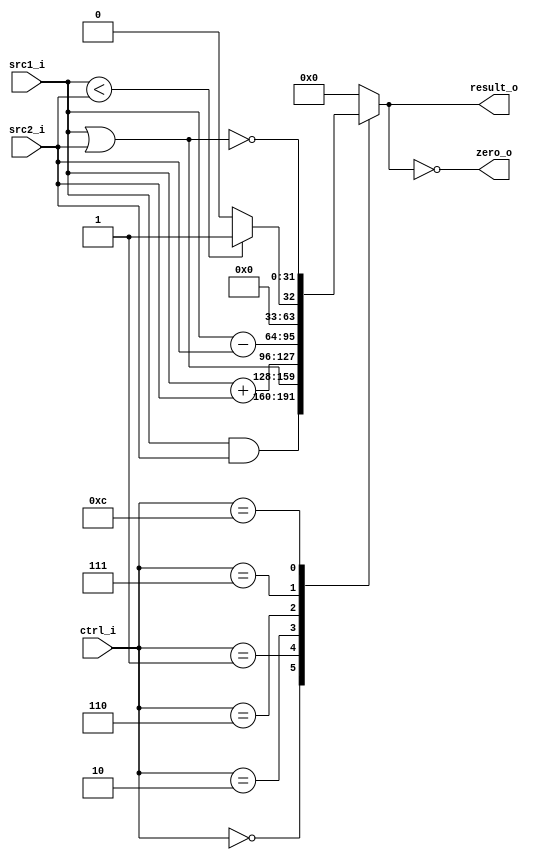
// 0716018
//Subject:     CO project 2 - ALU
//--------------------------------------------------------------------------------
//Version:     1
//--------------------------------------------------------------------------------
//Writer:      
//----------------------------------------------
//Date:        
//----------------------------------------------
//Description: 
//--------------------------------------------------------------------------------

module ALU(
    src1_i,
	src2_i,
	ctrl_i,
	result_o,
	zero_o
	);
     
//I/O ports
input  [32-1:0]  src1_i;
input  [32-1:0]	 src2_i;
input  [4-1:0]   ctrl_i;//from alu control 4 bit

output [32-1:0]	 result_o;
output           zero_o;

//Internal signal
reg    [32-1:0]  result_o;
wire             zero_o;

//Parameter

//Main function
assign zero_o = (result_o==32'b0);
always @(*) 
begin
	case(ctrl_i)
	0: result_o <= src1_i & src2_i;
	1: result_o <= src1_i | src2_i;
	2: result_o <= src1_i + src2_i;
	6: result_o <= src1_i - src2_i;
	7: result_o <= (src1_i < src2_i) ?1:0;
	12: result_o <= ~(src1_i | src2_i);
	default: result_o <= 0;
	endcase	
end
endmodule